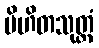
ပိဟိတသုတ္တံ